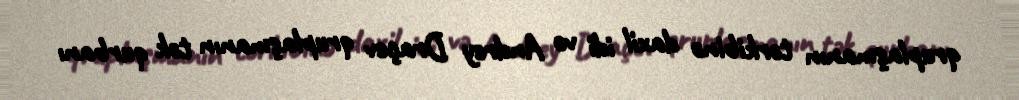
qruplaşmanın tərkibinə daxil idi və Andrey Draçev qruplaşmanın tək qurbanı